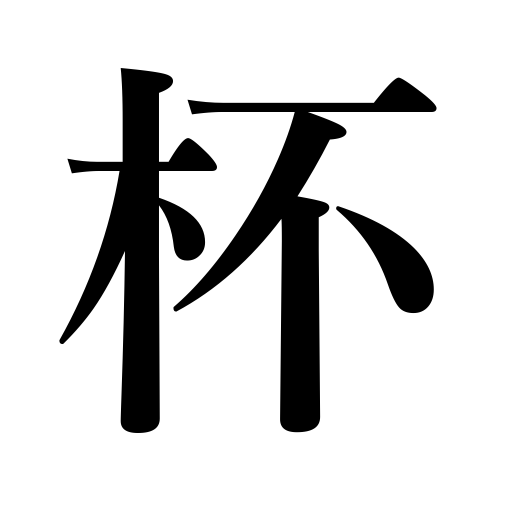
Meanings: congratulatory cup,sake cup,glass,counter for cupfuls,wine glass,chalice,toast,cup